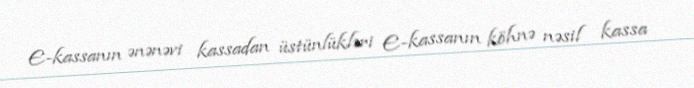
E-kassanın ənənəvi kassadan üstünlükləri E-kassanın köhnə nəsil kassa